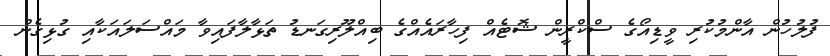
ފުލުހުން އާންމުކުރި ވީޑިއޯގެ ސްކްރީން ޝޮޓެއް ފިހާރައެއްގެ ބިއްލޫރިގަނޑު ތަޅާލާފައިވާ މައްސަލައަކާއި ގުޅިގެން